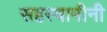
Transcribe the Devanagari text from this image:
सहस्वामीनी